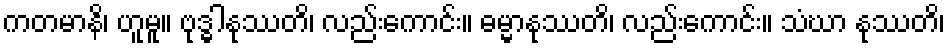
ကတမာနိ၊ ဟူမူ။ ဗုဒ္ဓါနုဿတိ၊ လည်းကောင်း။ ဓမ္မာနုဿတိ၊ လည်းကောင်း။ သံဃာ နုဿတိ၊